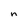
Character: n